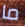
ما